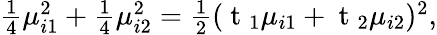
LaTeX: \begin{array}{r}{\frac{1}{4}\mu_{i1}^{2}+\frac{1}{4}\mu_{i2}^{2}=\frac{1}{2}(\mathrm{~t~}_{1}\mu_{i1}+\mathrm{~t~}_{2}\mu_{i2})^{2},}\end{array}